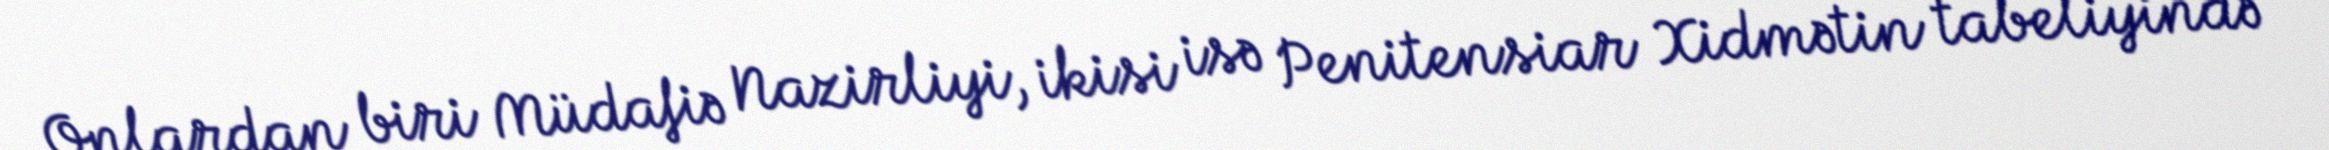
Onlardan biri Müdafiə Nazirliyi, ikisi isə Penitensiar Xidmətin tabeliyində